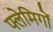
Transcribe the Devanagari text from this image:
फ्लेमिगों